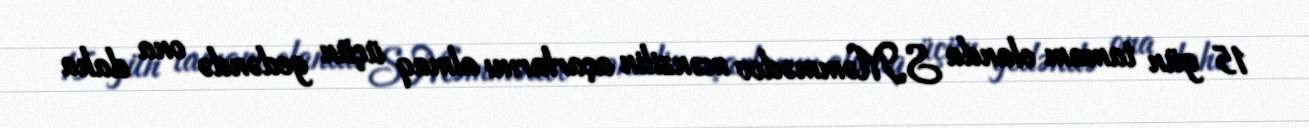
15 gün tamam olanda S.Məmmədov mənzilin açarlarını almaq üçün gedəndə ona daha